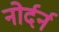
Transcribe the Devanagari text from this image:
नोर्दर्न